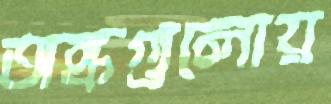
অঙ্কগুলোয়